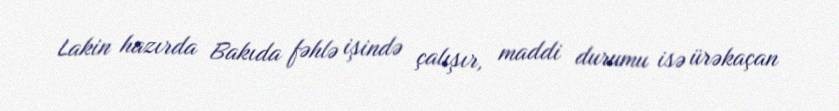
Lakin hazırda Bakıda fəhlə işində çalışır, maddi durumu isə ürəkaçan